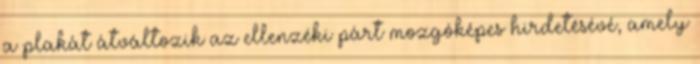
a plakát átváltozik az ellenzéki párt mozgóképes hirdetésévé, amely